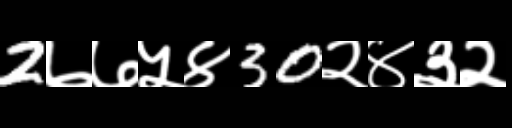
Text: 2७७५४30२४३२